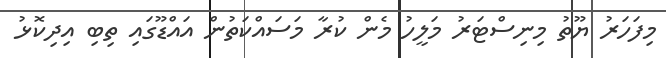
މިފަހަރު ޔޫތު މިނިސްޓަރު މަލީހު މެން ކުރާ މަސައްކަތުން އައްޑޫގައި ތިބި އިދިކޮޅު